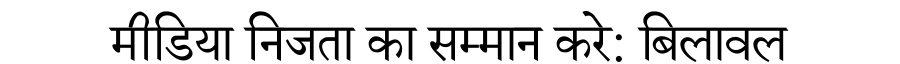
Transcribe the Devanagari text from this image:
मीडिया निजता का सम्मान करे: बिलावल